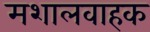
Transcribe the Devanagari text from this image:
मशालवाहक